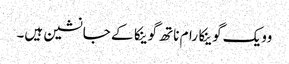
وویک گوینکا رام ناتھ گوینکا کے جانشین ہیں۔